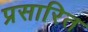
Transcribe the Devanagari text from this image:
प्रसारित